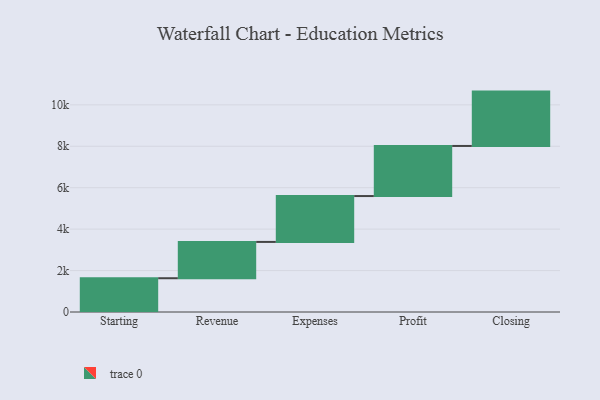
{"axis": {"x": "Step", "y": "Value"}, "legend": [""], "data": [{"x": "Starting", "y": 1630.0, "type": ""}, {"x": "Revenue", "y": 1753.0, "type": ""}, {"x": "Expenses", "y": 2214.0, "type": ""}, {"x": "Profit", "y": 2418.0, "type": ""}, {"x": "Closing", "y": 2624.0, "type": ""}]}